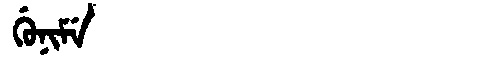
Manchu: ᡤᡠᠨᡳᠮᡝ
Romanization: GUNIME